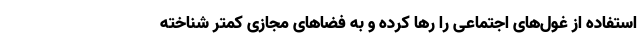
استفاده از غول‌های اجتماعی را رها کرده و به فضاهای مجازی کمتر شناخته